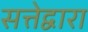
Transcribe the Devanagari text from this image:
सत्तेद्वारा